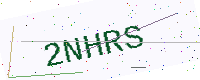
Text: 2NHRS